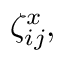
\zeta _ { i j } ^ { x } ,